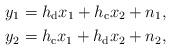
\begin{align*} y_1=h_{\mathrm{d}} x_1 + h_{\mathrm{c}} x_2 +n_1,\\ y_2=h_{\mathrm{c}} x_1 + h_{\mathrm{d}} x_2 +n_2,\end{align*}